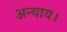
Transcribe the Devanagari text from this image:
अन्याय।